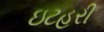
ઇટહરી